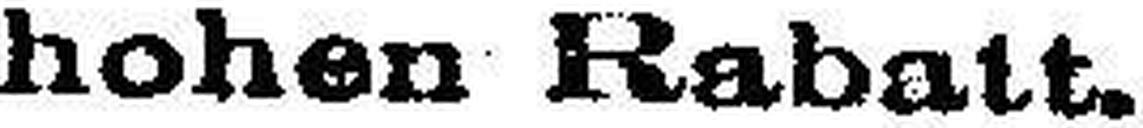
hohen Rabatt.